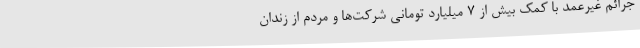
جرائم غیرعمد با کمک بیش از 7 میلیارد تومانی شرکت‌ها و مردم از زندان